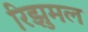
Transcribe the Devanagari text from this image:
रिझुमल